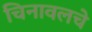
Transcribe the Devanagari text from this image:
चिनावलचे